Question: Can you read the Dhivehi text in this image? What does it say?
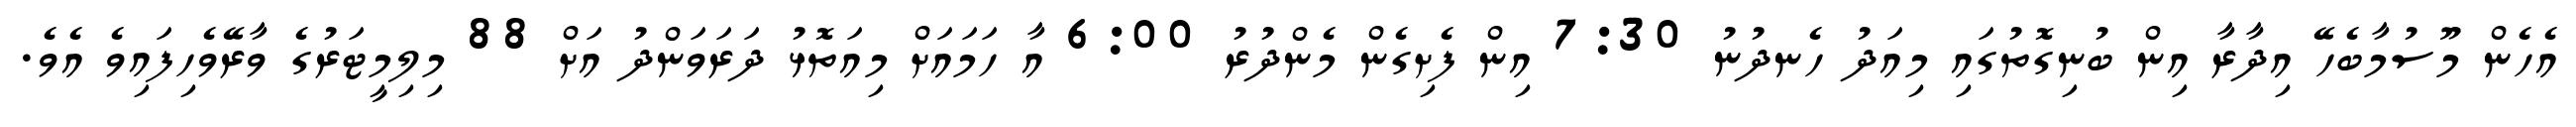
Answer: އެހެން މޫސުމާބެހޭ އިދާރާ އިން ބުނިގޮތުގައި މިއަދު ހެނދުނު 7:30 އިން ފެށިގެން މެންދުރު 6:00 އާ ހަމައަށް މިއަތޮޅު ދަރަވަންދު އަށް 88 މިލިމީޓަރުގެ ވާރޭވެހިފައިވެ އެވެ.